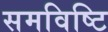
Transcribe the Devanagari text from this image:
समविष्टि